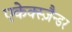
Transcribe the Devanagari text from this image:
एकेक्स्ज़ैन्डर